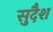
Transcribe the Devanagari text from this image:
सुदैश